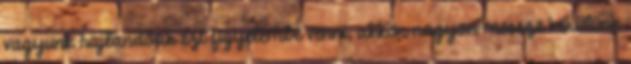
vagyunk hajlandóak ezt figyelembe venni, akkor nagyon messze kerülünk